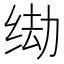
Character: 𫄦